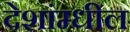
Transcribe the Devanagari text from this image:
देशांम्धील